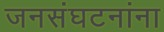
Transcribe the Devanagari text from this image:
जनसंघटनांना